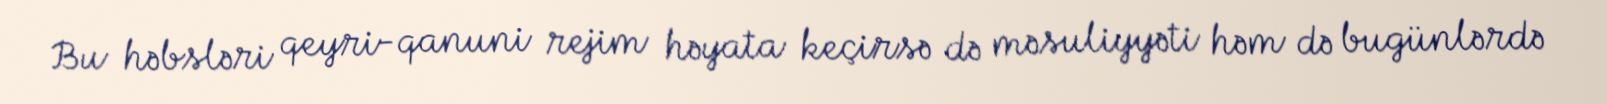
Bu həbsləri qeyri-qanuni rejim həyata keçirsə də məsuliyyəti həm də bugünlərdə